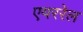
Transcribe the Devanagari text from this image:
एयररेल